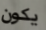
يكون